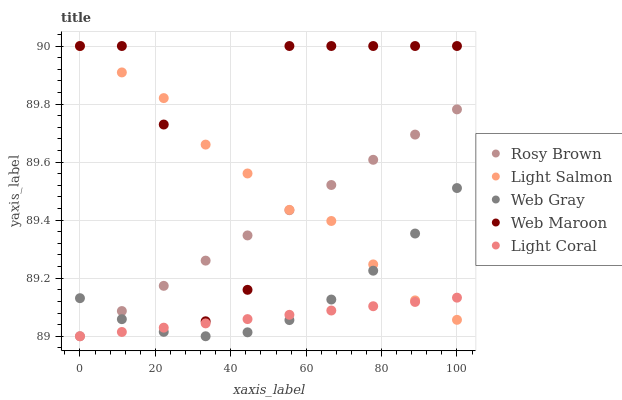
| xaxis_label | Rosy Brown | Light Salmon | Web Gray | Web Maroon | Light Coral |
 | --- | --- | --- | --- | --- | --- |
 | 0 | 89 | 90 | 89.1 | 90 | 89 |
 | 11.1 | 89.1 | 89.9 | 89.1 | 90 | 89 |
 | 22.2 | 89.2 | 89.8 | 89 | 89.7 | 89 |
 | 33.3 | 89.3 | 89.7 | 89 | 89.1 | 89 |
 | 44.4 | 89.3 | 89.6 | 89 | 89.2 | 89.1 |
 | 55.6 | 89.4 | 89.4 | 89.1 | 90 | 89.1 |
 | 66.7 | 89.5 | 89.4 | 89.1 | 90 | 89.1 |
 | 77.8 | 89.6 | 89.2 | 89.2 | 90 | 89.1 |
 | 88.9 | 89.7 | 89.1 | 89.4 | 90 | 89.1 |
 | 100 | 89.8 | 89.1 | 89.5 | 90 | 89.1 |